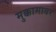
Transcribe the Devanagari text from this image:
मुक्कामावर